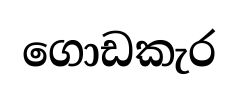
ගොඩකැර